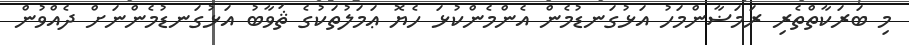
މި ބަރަކާތްތެރި ރަމަޟާންމަހު އަޅުގަނޑުމެން އެންމެންކުޅަ ހެޔޮ ޢަމަލުތަކުގެ ޘަވާބު އަޅުގަނޑުމެންނަށް ދެއްވުން